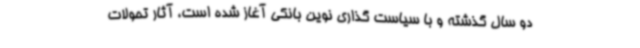
دو سال گذشته و با سیاست گذاری نوین بانکی آغاز شده است، آثار تحولات